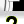
Digit: 2